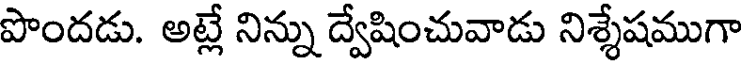
పొందడు. అట్లే నిన్ను ద్వేషించువాడు నిశ్శేషముగా